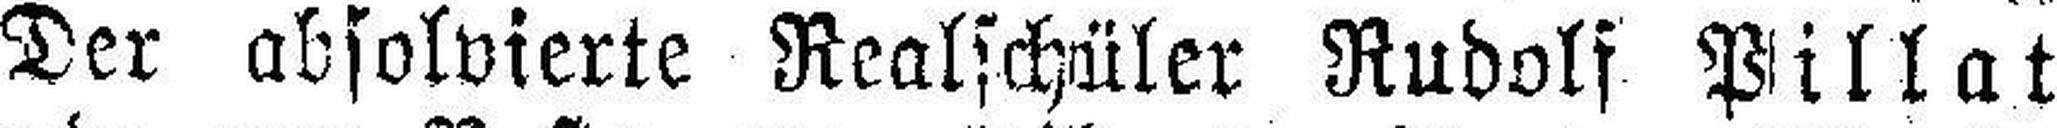
Der absolvierte Realschüler Rudolf Pillat